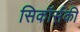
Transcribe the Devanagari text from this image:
सिकॉर्सकी